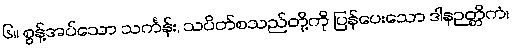
၆။ စွန့်အပ်သော သင်္ကန်း, သပိတ်စသည်တို့ကို ပြန်ပေးသော ဒါနဉတ္တိကံ၊